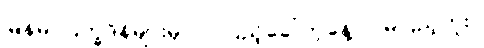
မြန်မာပြက္ခဒိန်များမှာ လပြည့်ခေါ်တဲ့နေ့ လမပြည့်ဘူး။